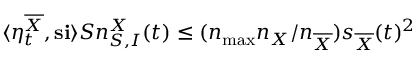
\langle \eta _ { t } ^ { \overline { { X } } } , \mathbf { s } \mathbf { i } \rangle S n _ { S , I } ^ { X } ( t ) \leq ( n _ { \operatorname* { m a x } } n _ { X } / n _ { \overline { { X } } } ) s _ { \overline { { X } } } ( t ) ^ { 2 }